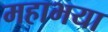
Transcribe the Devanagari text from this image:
महाभया